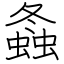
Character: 螽